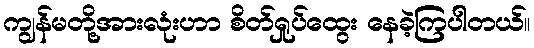
ကျွန်မတို့အားလုံးဟာ စိတ်ရှုပ်ထွေး နေခဲ့ကြပါတယ်။